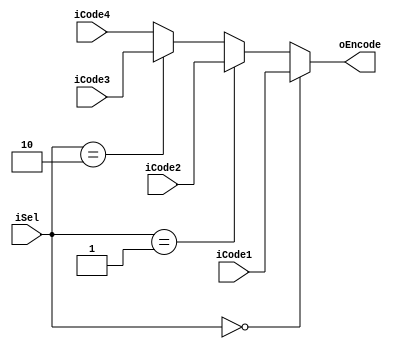
/************************************************


Verilog-2001

input      iCode1,iCode2,iCode3,iCode4  1bit
                 iSel    2bit
      output     oEncode    1 bit
               
      


		
2017/12/27  
************************************************/
module priEncoder(
input 					iCode1,iCode2,iCode3,iCode4,
input				[1:0]	iSel,
output	reg			oEncode);
always @(iCode1, iCode2, iCode3, iCode4, iSel)
begin
	if(iSel == 2'b00)
		oEncode = iCode1;
	else if(iSel == 2'b01)
		oEncode = iCode2;
	else if(iSel == 2'b10)
		oEncode = iCode3;
	else
		oEncode = iCode4;
end
endmodule